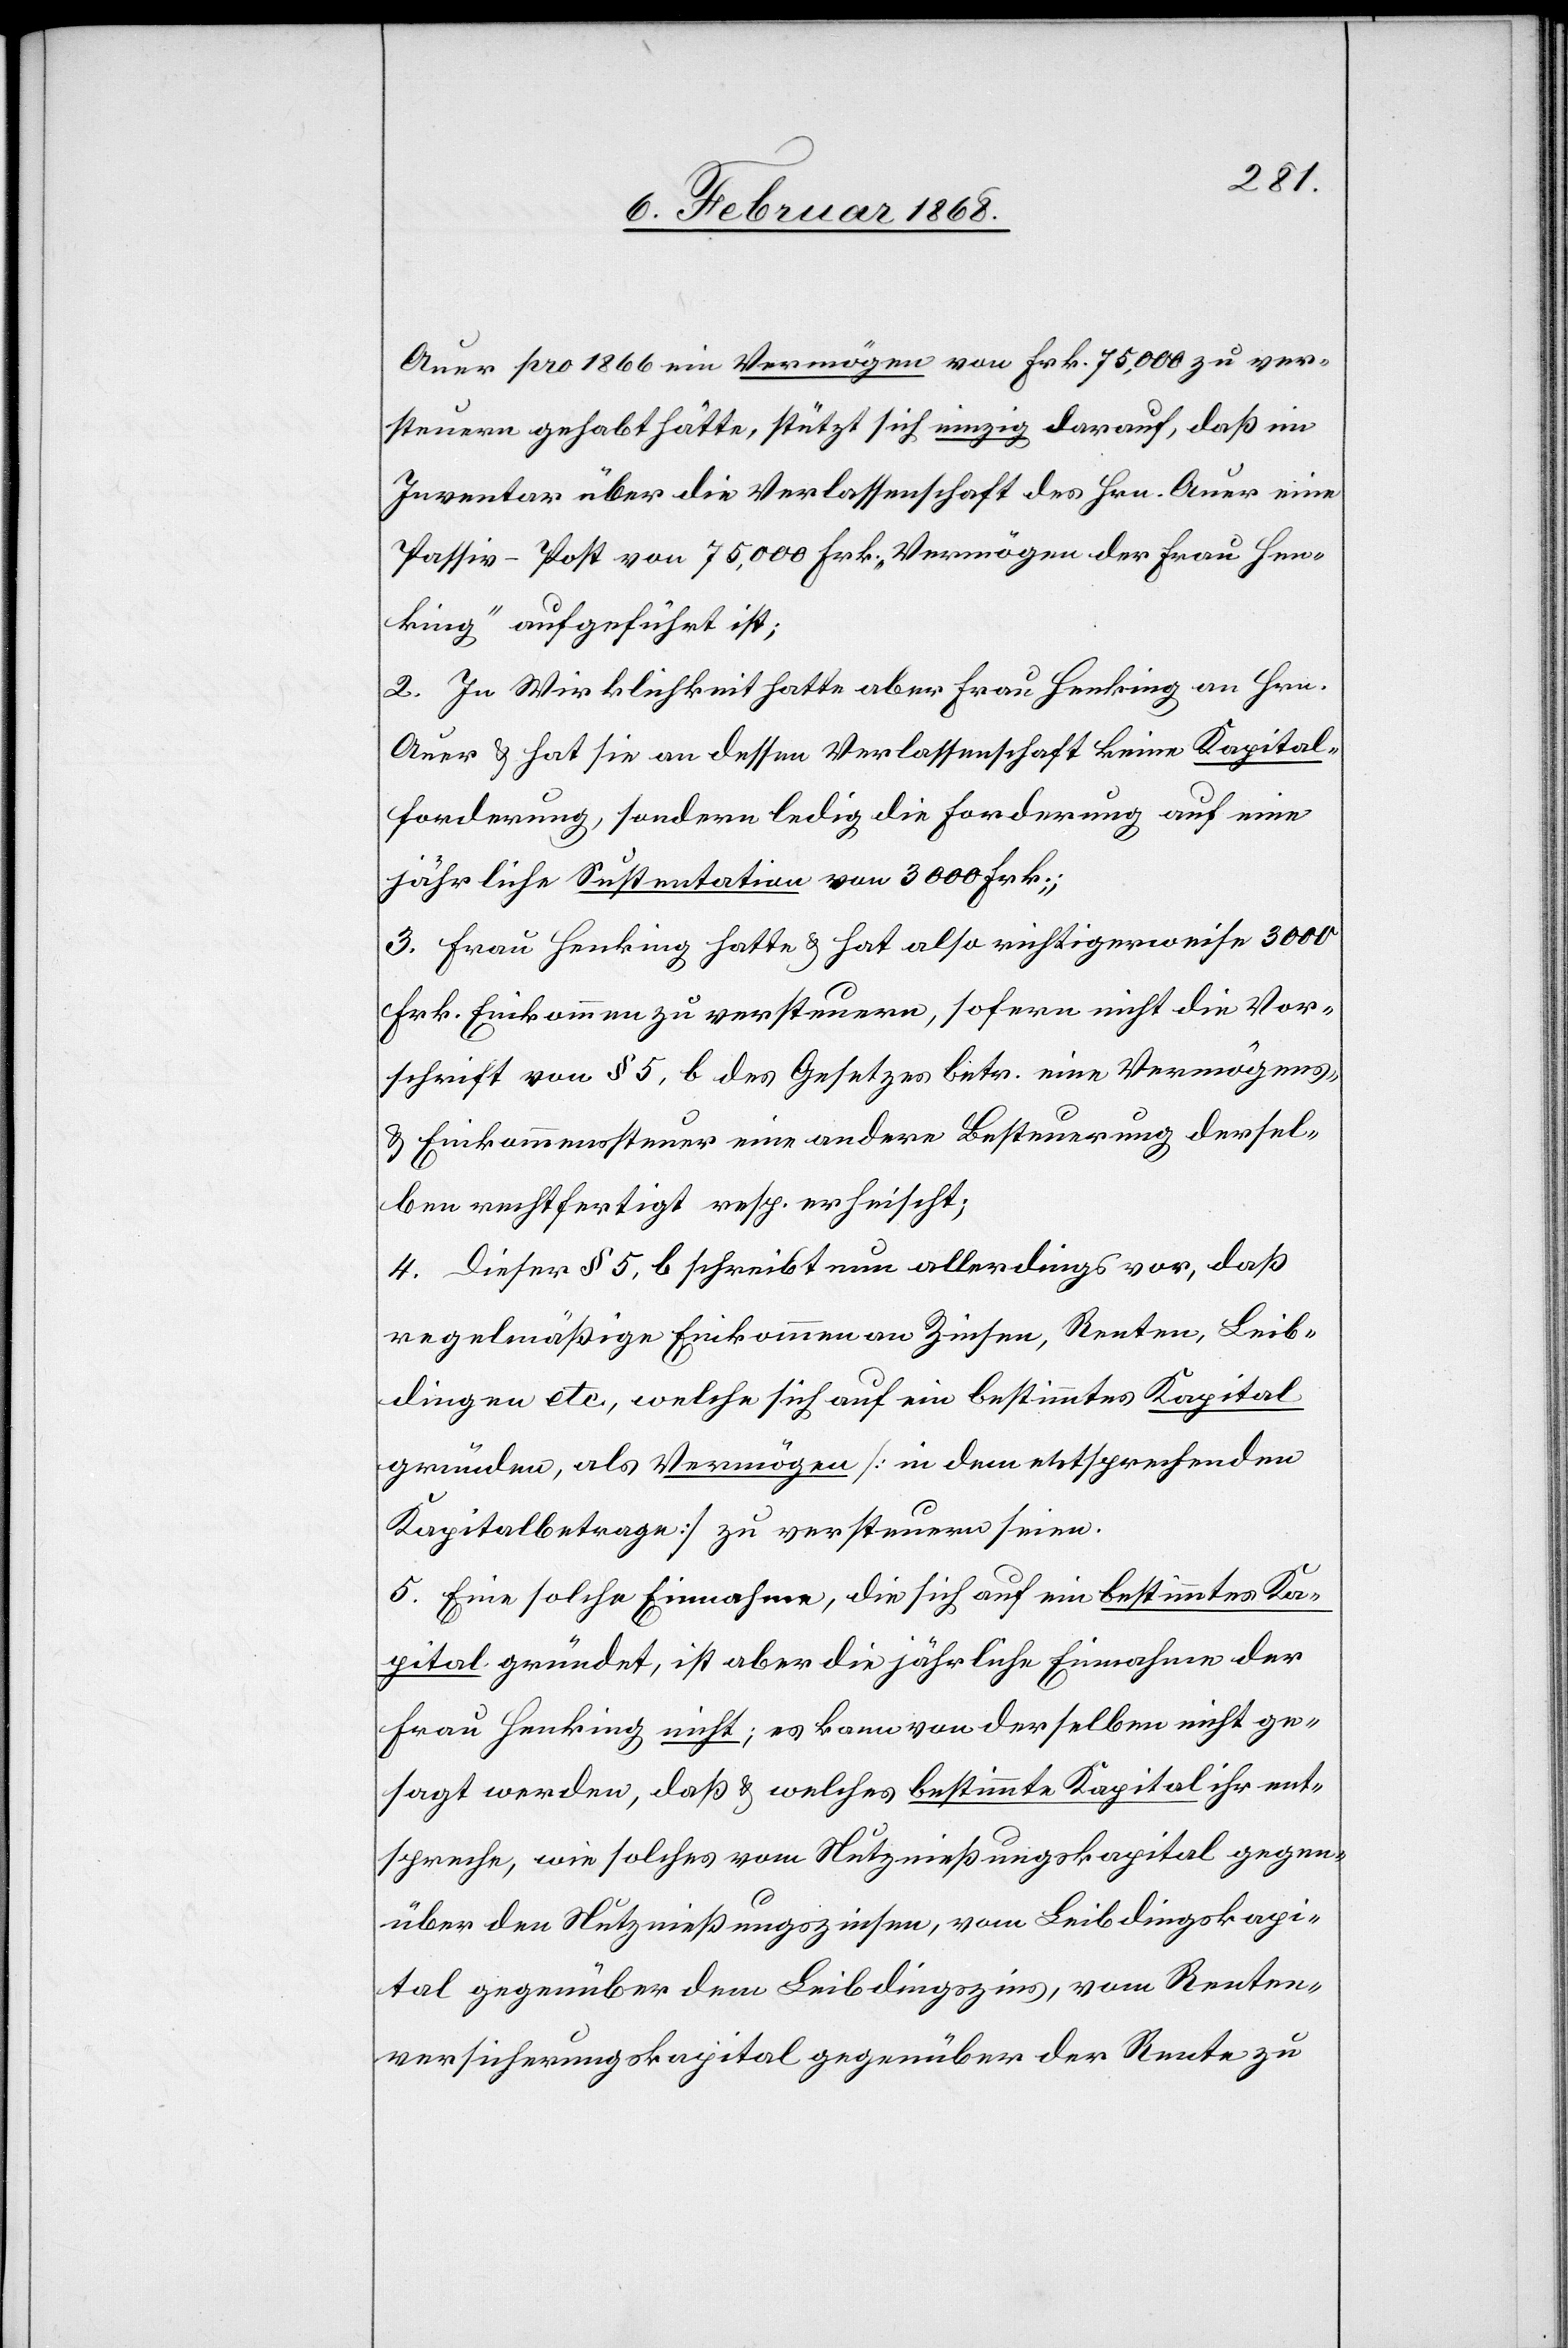
Auer pro 1866 ein Vermögen von Frk. 75,000 zu ver¬
steuern gehabt hätte, stützt sich einzig darauf, daß im
Inventar über die Verlassenschaft des Hrn. Auer eine
Passiv-Post von 75,000 Frk. „Vermögen der Frau Hen¬
king“ aufgeführt ist;
2. In Wirklichkeit hatte aber Frau Henking an Hrn.
Auer & hat sie an dessen Verlassenschaft keine Kapital¬
forderung, sondern ledig die Forderung auf eine
jährliche Sustentation von 3000 Frk;
3. Frau Henking hatte & hat also richtigerweise 3000
Frk. Einkommen zu versteuern, sofern nicht die Vor¬
schrift von § 5, b des Gesetzes betr. eine Vermögens-
& Einkommenssteuer eine andere Besteuerung dersel¬
ben rechtfertigt resp. erheischt;
4. Dieser § 5, b schreibt nun allerdings vor, daß
regelmäßige Einkommen an Zinsen, Renten, Leib¬
dingen etc., welche sich auf ein bestimmtes Kapital
gründen, als Vermögen [in dem entsprechenden
Kapitalbetrage] zu versteuern seien.
5. Eine solche Einnahme, die sich auf ein bestimmtes Ka¬
pital gründet, ist aber die jährliche Einnahme der
Frau Henking nicht; es kann von derselben nicht ge¬
sagt werden, daß & welches bestimmte Kapital ihr ent¬
spreche, wie solches vom Nutznießungskapital gegen¬
über den Nutznießungszinsen, vom Leibdingskapi¬
tal gegenüber dem Leibdingszins, vom Renten¬
versicherungskapital gegenüber der Rente zu